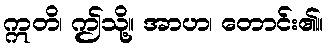
ဣတိ၊ ဤသို့။ အာဟ၊ တောင်း၏။